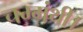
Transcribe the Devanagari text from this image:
चम्मंथी।